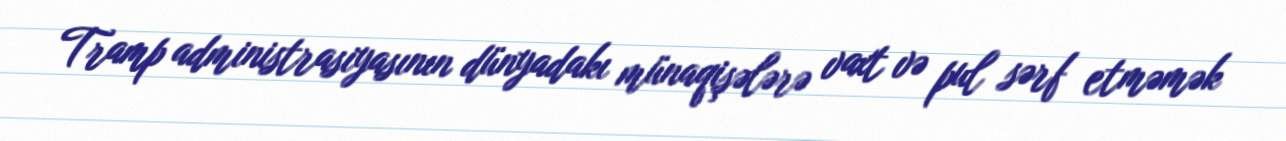
Tramp administrasiyasının dünyadakı münaqişələrə vaxt və pul sərf etməmək